Indian journal of veterinary science and animal husbandry - Volume 12,
Year: 1942
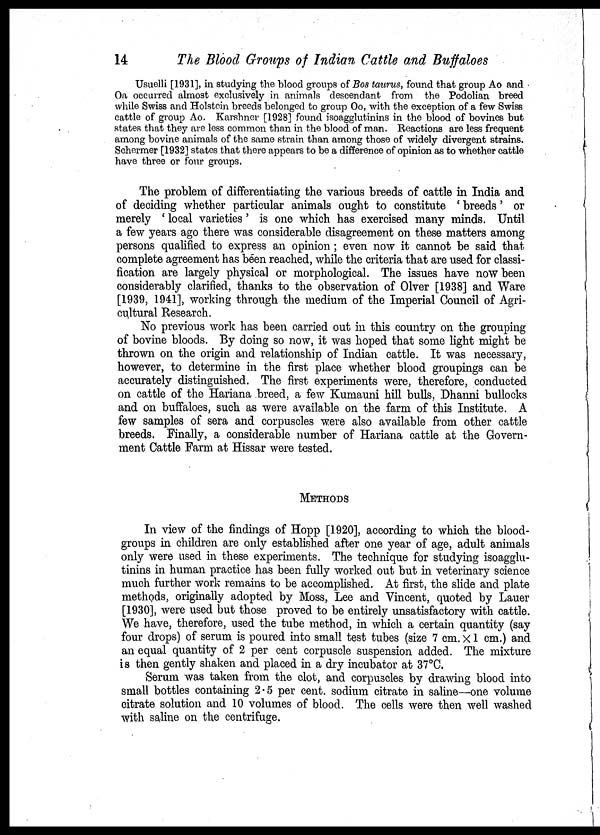
14
The Blood Groups of Indian Cattle and Buffaloes
Usuelli [1931], in studying the blood groups of Bos taurus, found that group Ao and
Oa occurred almost exclusively in animals descendant from the Podolian breed
while Swiss and Holstein breeds belonged to group Oo, with the exception of a few Swiss
cattle of group Ao. Karshner [1928] found isoagglutinins in the blood of bovines but
states that they are less common than in the blood of man. Reactions are less frequent
among bovine animals of the same strain than among those of widely divergent strains.
Schermer [1932] states that there appears to be a difference of opinion as to whether cattle
have three or four groups.
The problem of differentiating the various breeds of cattle in India and
of deciding whether particular animals ought to constitute ' breeds' or
merely ' local varieties' is one which has exercised many minds. Until
a few years ago there was considerable disagreement on these matters among
persons qualified to express an opinion ; even now it cannot be said that
complete agreement has been reached, while the criteria that are used for classi-
fication are largely physical or morphological. The issues have now been
considerably clarified, thanks to the observation of Olver [1938] and Ware
[1939, 1941], working through the medium of the Imperial Council of Agri-
cultural Research.
No previous work has been carried out in this country on the grouping
of bovine bloods. By doing so now, it was hoped that some light might be
thrown on the origin and relationship of Indian cattle. It was necessary,
however, to determine in the first place whether blood groupings can be
accurately distinguished. The first experiments were, therefore, conducted
on cattle of the Hariana breed, a few Kumauni hill bulls, Dhanni bullocks
and on buffaloes, such as were available on the farm of this Institute. A
few samples of sera and corpuscles were also available from other cattle
breeds. Finally, a considerable number of Hariana cattle at the Govern-
ment Cattle Farm at Hissar were tested.
METHODS
In view of the findings of Hopp [1920], according to which the blood-
groups in children are only established after one year of age, adult animals
only were used in these experiments. The technique for studying isoagglu-
tinins in human practice has been fully worked out but in veterinary science
much further work remains to be accomplished. At first, the slide and plate
methods, originally adopted by Moss, Lee and Vincent, quoted by Lauer
[1930], were used but those proved to be entirely unsatisfactory with cattle.
We have, therefore, used the tube method, in which a certain quantity (say
four drops) of serum is poured into small test tubes (size 7 cm. × 1 cm.) and
an equal quantity of 2 per cent corpuscle suspension added. The mixture
is then gently shaken and placed in a dry incubator at 37°C.
Serum was taken from the clot, and corpuscles by drawing blood into
small bottles containing 2.5 per cent. sodium citrate in saline—one volume
citrate solution and 10 volumes of blood. The cells were then well washed
with saline on the centrifuge.